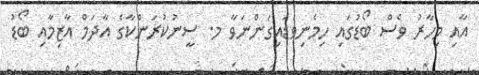
އާއި މިހާރު ވެސް ބޯޑުގައި ހިމެނިވަޑައިގަންނަވާ މ. ސީނުކުރަންކާގެ އާދަމް އާޒިމާއި ބޯޑު